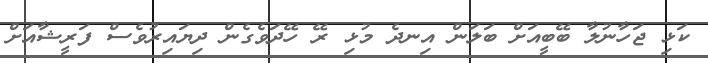
ކަޅި ޖަހާނުލާ ބޭބީއަށް ބަލަން އިނދެ މުޅި ރޭ ހޭދަވެގެން ދިޔައިރުވެސް ފަރީޝާއަށް